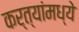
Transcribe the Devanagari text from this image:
कर्त्यांमध्ये